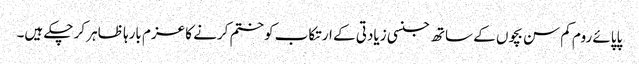
پاپائے روم کم سن بچوں کے ساتھ جنسی زیادتی کے ارتکاب کو ختم کرنے کا عزم بارہا ظاہر کر چکے ہیں۔